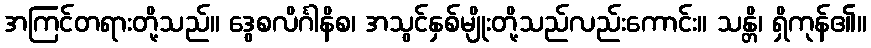
အကြင်တရားတို့သည်။ ဒွေစလိင်္ဂါနိစ၊ အသွင်နှစ်မျိုးတို့သည်လည်းကောင်း။ သန္တိ၊ ရှိကုန်၏။